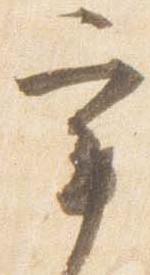
宰